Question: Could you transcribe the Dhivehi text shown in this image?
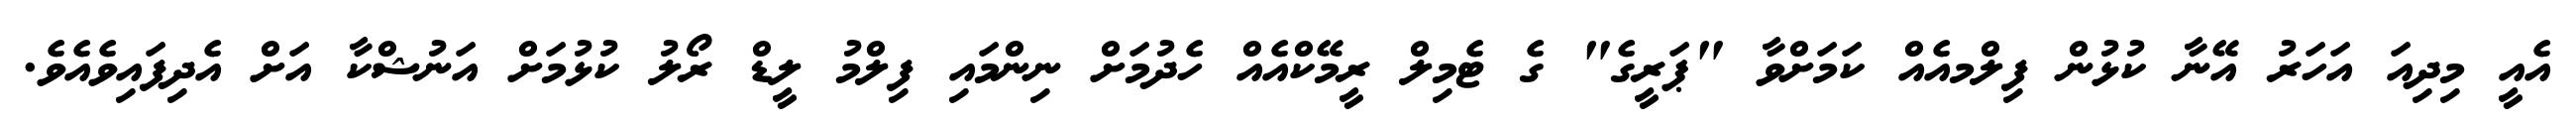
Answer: އެއީ މިދިއަ އަހަރު އޭނާ ކުޅުން ފިލްމއެއް ކަމަށްވާ "ޕަރީގެ" ގެ ޓެމިލް ރީމޭކްއެއް ހެދުމަށް ނިންމައި ފިލްމު ލީޑް ރޯލު ކުޅުމަށް އަނުޝްކާ އަށް އެދިފައިވެއެވެ.